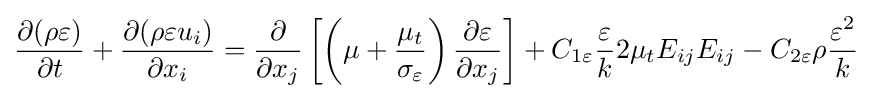
{\frac {\partial (\rho \varepsilon )}{\partial t}}+{\frac {\partial (\rho \varepsilon u_{i})}{\partial x_{i}}}={\frac {\partial }{\partial x_{j}}}\left[\left(\mu +{\frac {\mu _{t}}{\sigma _{\varepsilon }}}\right){\frac {\partial \varepsilon }{\partial x_{j}}}\right]+C_{1\varepsilon }{\frac {\varepsilon }{k}}2{\mu _{t}}{E_{ij}}{E_{ij}}-C_{2\varepsilon }\rho {\frac {\varepsilon ^{2}}{k}}